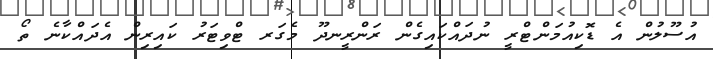
އުސޫލުން އެ ޑޮކިިއުމަންޓްރީ ނުދައްކައިގެން ރަންރީނދޫ މެގަރ ޓްވިޓަރު ކައިރިން އެދައްކާނެ ތޯ